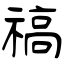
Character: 禞